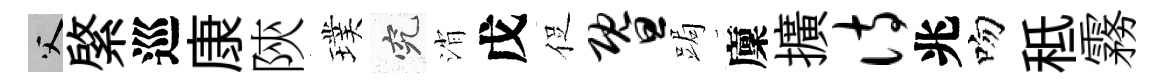
父綮巡康陝璞究消戊促暨跼廩擴诗兆吻秪霧